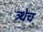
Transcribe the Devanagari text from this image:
त्र्थेच